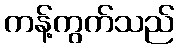
ကန့်ကွက်သည်